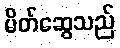
မိတ်ဆွေသည်